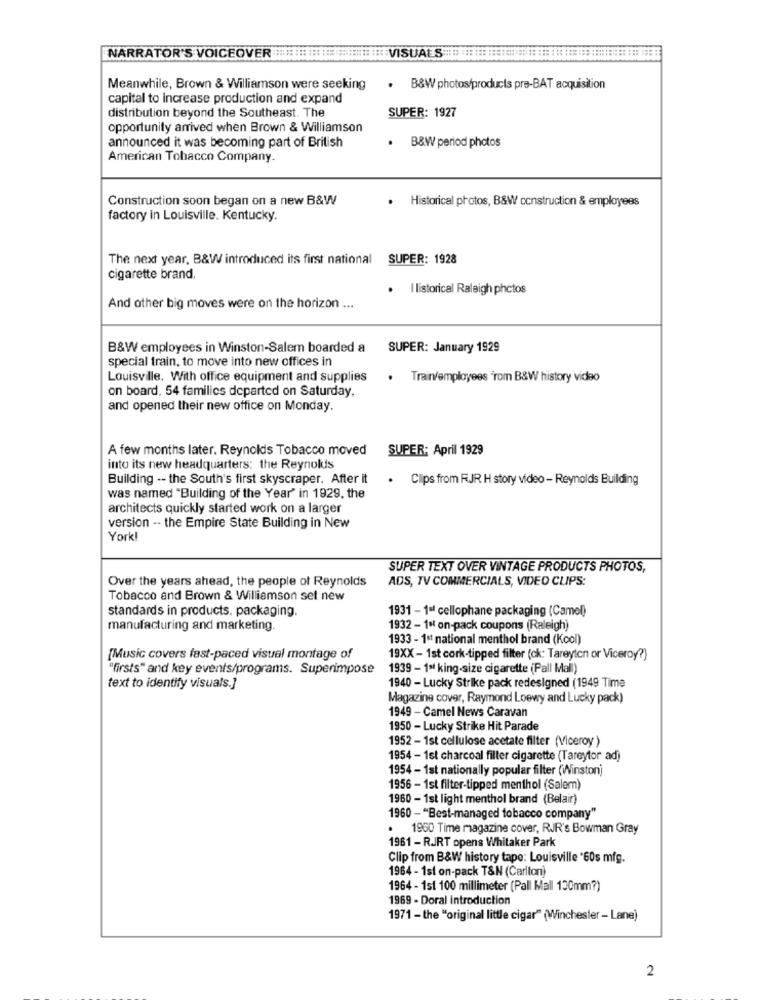
NARRATOR'S VOICEOVER ::::::::===========: VISUALS ====:::::::::::::::::::::::::::::::::: 10 !!
Meanwhile, Brown & Williamson were seeking
. B&W photos/products pre-BAT acquisition
capital to increase production and expand
distribution beyond the Southeast. The
SUPER: 1927
opportunity arrived when Brown & Williamson
announced it was becoming part of British
. B&W period photos
American Tobacco Company.
Construction soon began on a new B&W
· Historical photos, B&W construction & employees
factory in Louisville. Kentucky.
The next year, B&W introduced its first national SUPER: 1928
cigarette brand.
. I listorical Raleigh photos
And other big moves were on the horizon ...
B&W employees in Winston-Salem boarded a
SUPER: January 1929
special train, to move into new offices in
Louisville. With office equipment and supplies
. Train/employees rom B&W history video
on board. 54 families departed on Saturday,
and opened their new office on Monday.
A few months later. Reynolds Tobacco moved
SUPER: April 1929
into its new headquarters: the Reynolds
Building -- the South's first skyscraper. After it
. Clips from FJR H story video - Reynolds Building
was named "Building of the Year' in 1929, the
architects quickly started work on a larger
version -- the Empire State Building in New
York!
SUPER TEXT OVER VINTAGE PRODUCTS PHOTOS,
Over the years ahead, the people of Reynolds
ADS, TV COMMERCIALS, VIDEO CLIPS:
Tobacco and Brown & Williamson set new
standards in products. packaging.
1931 - 1al cellophane packaging (Camel)
manufacturing and marketing.
1932 - 1º on-pack coupons (Raleigh)
1933 - 1et national menthol brand (Kool)
[Music covers fast-paced visual montage of
19XX - 1st cork-tipped filter (ck: Tareyten or Viceroy?)
"firsts" and key events/programs. Superimpose
1939 - 1ªt king-size cigarette (Pall Mall)
text to identify visuals.]
1940 - Lucky Strike pack redesigned (1949 Time
Magazine cover, Raymond Loewy and Lucky pack)
1949 - Camel News Caravan
1950 - Lucky Strike Hit Parade
1952 - 1st cellulose acetate filter (Viceroy )
1954 - 1st charcoal filter cigarette (Tareytor ad)
1954 - 1st nationally popular filter (Winston]
1956 - 1st filter-tipped menthol (Salem)
1960 - 1st light menthol brand (Belair)
1960 - "Best-managed tobacco company"
. 1960 Time magazine cover, RJR's Bowman Gray
1961 - RJIRT opens Whitaker Park
Clip from B&W history tape: Louisville '60s mfg.
1964 - 1st on-pack T&N (Carlton)
1964 - 1st 100 millimeter (Pall Mall 130mm?)
1969 - Doral introduction
1971 - the "original little cigar" (Winchester - Lane)
2